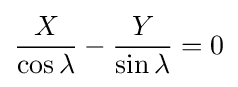
{\frac {X}{\cos \lambda }}-{\frac {Y}{\sin \lambda }}=0